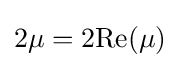
2\mu =2{\text{Re}}(\mu )